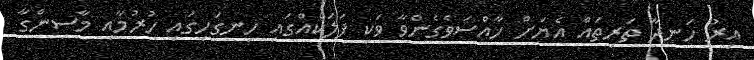
އިރު ހަނދާ ތަރިތައް އެޔަށް ޚާއްސަވެގެންވާ ވަކި ފަލަކެއްގައި ހިނގަހިގައި ހުރުމާއި މާސިންގާ